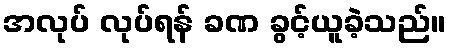
အလုပ် လုပ်ရန် ခဏ ခွင့်ယူခဲ့သည်။